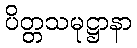
ပိတ္တသမုဋ္ဌာနာ